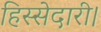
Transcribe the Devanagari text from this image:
हिस्सेदारी।